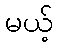
မယ့်